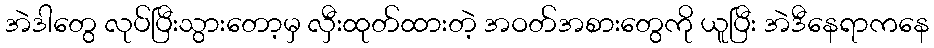
အဲဒါတွေ လုပ်ပြီးသွားတော့မှ လှီးထုတ်ထားတဲ့ အဝတ်အစားတွေကို ယူပြီး အဲဒီနေရာကနေ